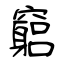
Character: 竆